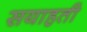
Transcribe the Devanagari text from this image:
सयाहती